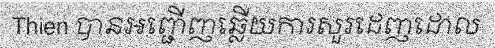
Thien បានអញ្ជើញឆ្លើយការសួរដេញដោល